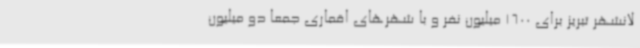
لانشهر تبریز برای 1600 میلیون نفر و با شهرهای اقماری جمعا دو میلیون